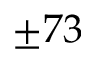
\pm 7 3